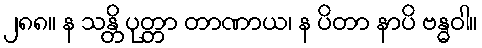
၂၈၈။ န သန္တိ ပုတ္တာ တာဏာယ၊ န ပိတာ နာပိ ဗန္ဓဝါ။